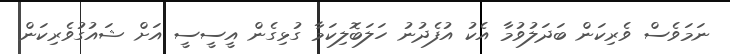
ނަމަވެސް ވެރިކަން ބަދަލުވުމާ އެކު އުފެދުނު ހަލަބޮލިކަމާ ގުޅިގެން އީސީސީ އަށް ޝައުގުވެރިކަން